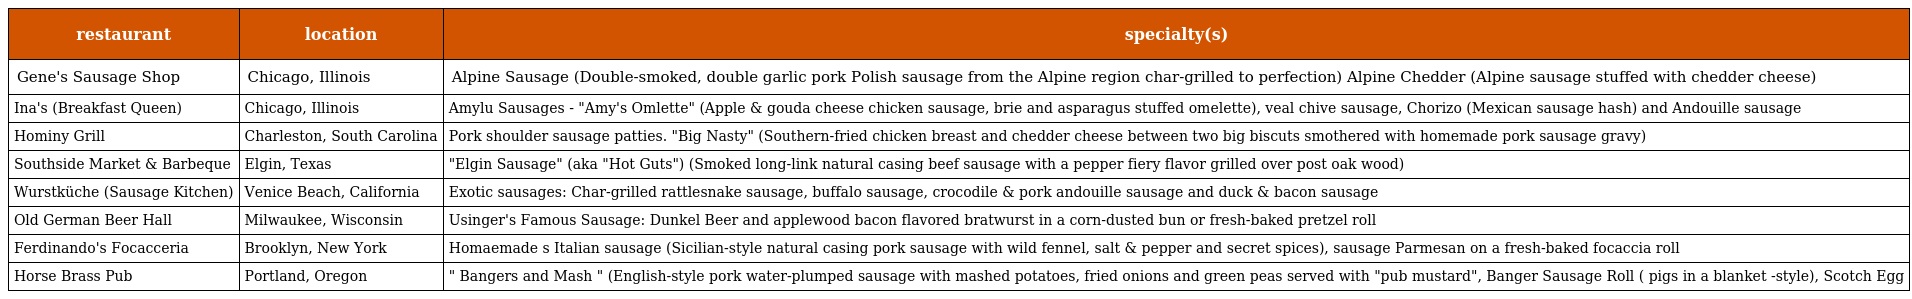
| restaurant | location | specialty(s) |
 | --- | --- | --- |
 | Gene's Sausage Shop | Chicago, Illinois | Alpine Sausage (Double-smoked, double garlic pork Polish sausage from the Alpine region char-grilled to perfection) Alpine Chedder (Alpine sausage stuffed with chedder cheese) |
 | Ina's (Breakfast Queen) | Chicago, Illinois | Amylu Sausages - "Amy's Omlette" (Apple & gouda cheese chicken sausage, brie and asparagus stuffed omelette), veal chive sausage, Chorizo (Mexican sausage hash) and Andouille sausage |
 | Hominy Grill | Charleston, South Carolina | Pork shoulder sausage patties. "Big Nasty" (Southern-fried chicken breast and chedder cheese between two big biscuts smothered with homemade pork sausage gravy) |
 | Southside Market & Barbeque | Elgin, Texas | "Elgin Sausage" (aka "Hot Guts") (Smoked long-link natural casing beef sausage with a pepper fiery flavor grilled over post oak wood) |
 | Wurstküche (Sausage Kitchen) | Venice Beach, California | Exotic sausages: Char-grilled rattlesnake sausage, buffalo sausage, crocodile & pork andouille sausage and duck & bacon sausage |
 | Old German Beer Hall | Milwaukee, Wisconsin | Usinger's Famous Sausage: Dunkel Beer and applewood bacon flavored bratwurst in a corn-dusted bun or fresh-baked pretzel roll |
 | Ferdinando's Focacceria | Brooklyn, New York | Homaemade s Italian sausage (Sicilian-style natural casing pork sausage with wild fennel, salt & pepper and secret spices), sausage Parmesan on a fresh-baked focaccia roll |
 | Horse Brass Pub | Portland, Oregon | " Bangers and Mash " (English-style pork water-plumped sausage with mashed potatoes, fried onions and green peas served with "pub mustard", Banger Sausage Roll ( pigs in a blanket -style), Scotch Egg |